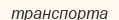
транспорта